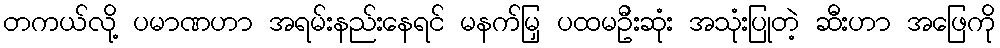
တကယ်လို့ ပမာဏဟာ အရမ်းနည်းနေရင် မနက်မြှ ပထမဦးဆုံး အသုံးပြုတဲ့ ဆီးဟာ အဖြေကို